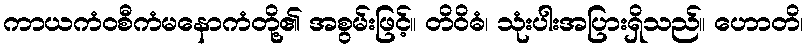
ကာယကံဝစီကံမနောကံတို့၏ အစွမ်းဖြင့်။ တိဝိဓံ၊ သုံးပါးအပြားရှိသည်။ ဟောတိ၊